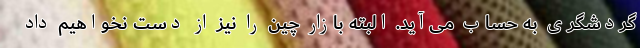
گردشگری به حساب می‌آید. البته بازار چین را نیز از دست نخواهیم داد